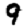
Digit: 9